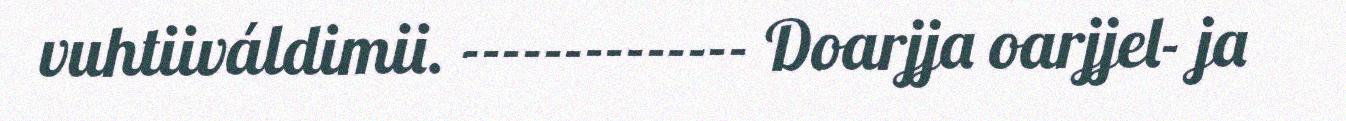
vuhtiiváldimii. -------------- Doarjja oarjjel- ja